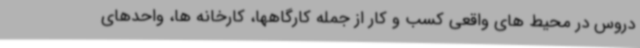
دروس در محیط های واقعی کسب و کار از جمله کارگاهها، کارخانه ها، واحدهای